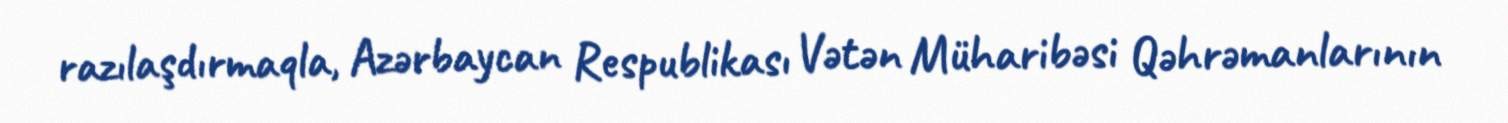
razılaşdırmaqla, Azərbaycan Respublikası Vətən Müharibəsi Qəhrəmanlarının